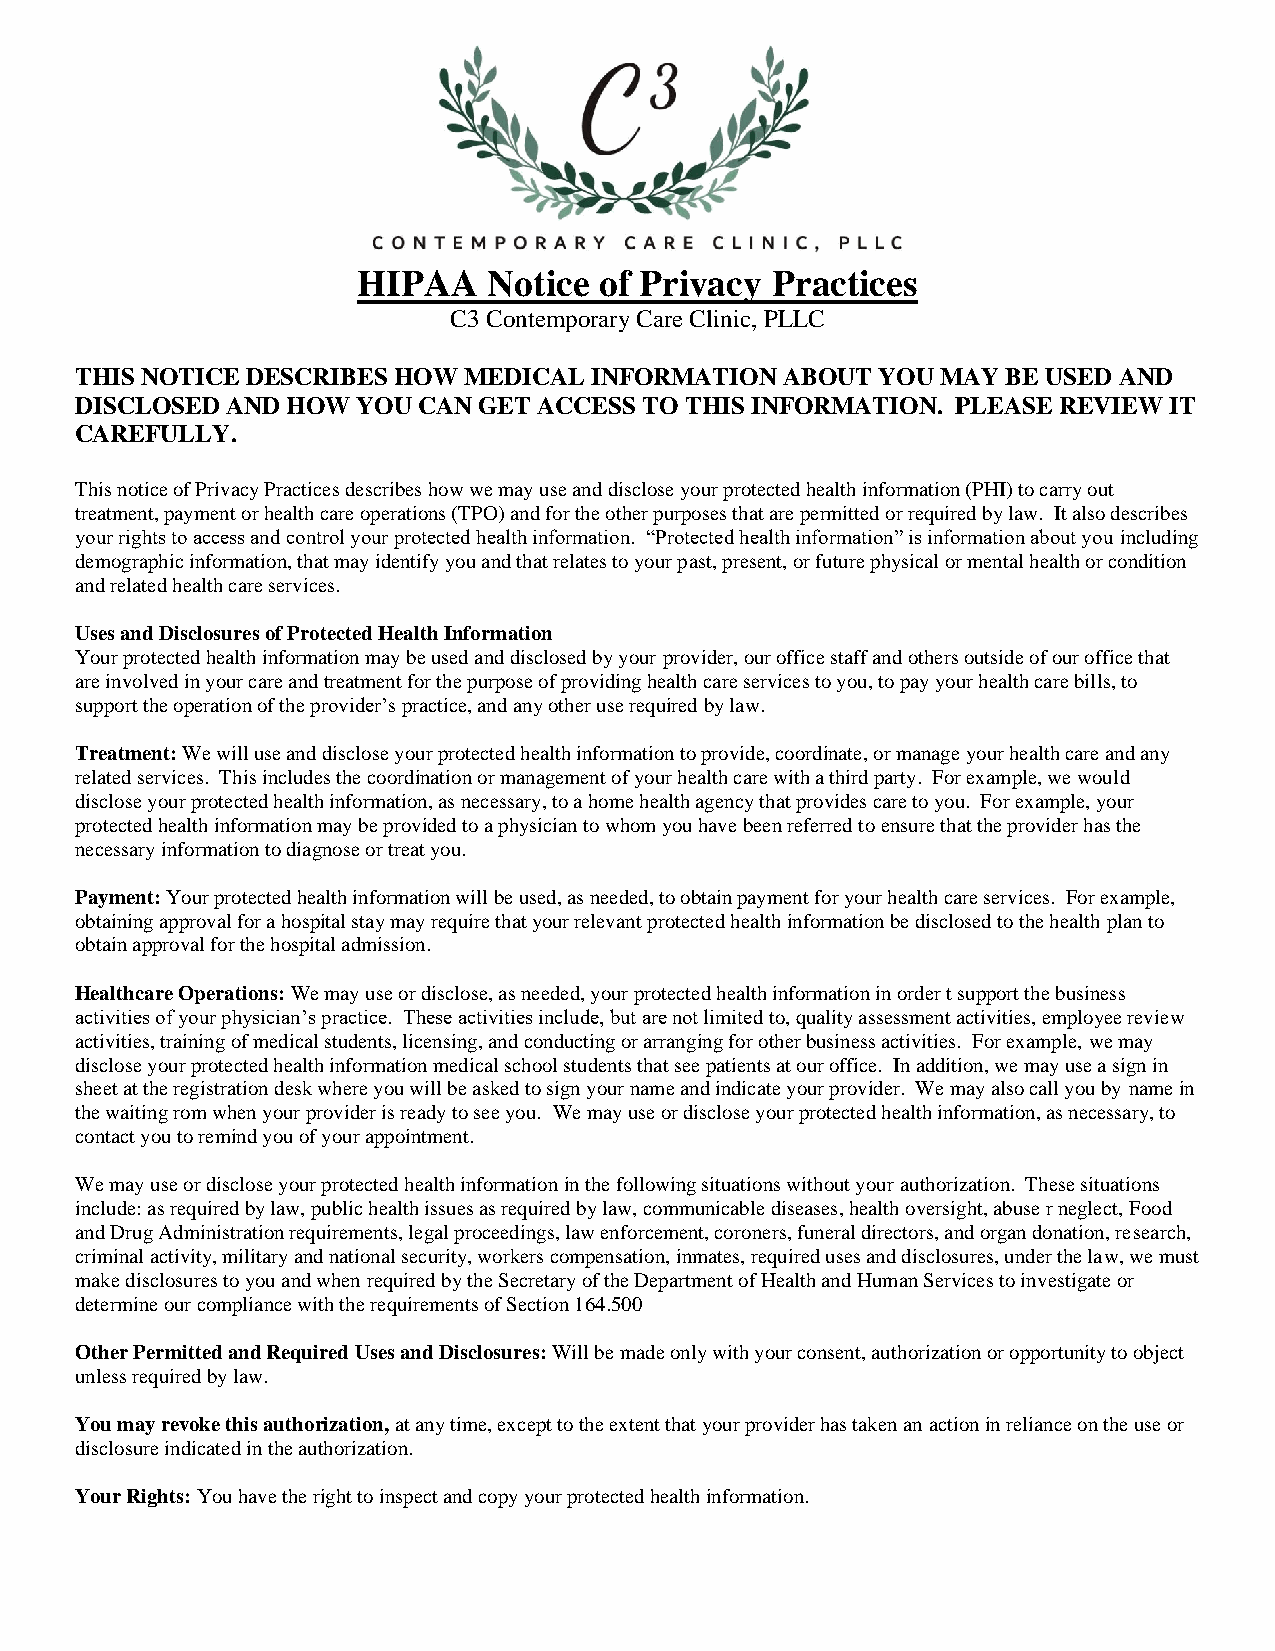
HIPAA   Notice  of Privacy Practices
 C3 Contemporary Care Clinic, PLLC
 THIS NOTICE DESCRIBES HOW MEDICAL INFORMATION  ABOUT YOU MAY  BE USED AND
 DISCLOSED AND HOW  YOU CAN GET ACCESS TO THIS INFORMATION. PLEASE REVIEW IT
 CAREFULLY.
 This notice of Privacy Practices describes how we may use and disclose your protected health information (PHI) to carry out
 treatment, payment or health care operations (TPO) and for the other purposes that are permitted or required by law. It also describes
 your rights to access and control your protected health information. “Protected health information” is information about you including
 demographic information, that may identify you and that relates to your past, present, or future physical or mental health or condition
 and related health care services.
 Uses and Disclosures of Protected Health Information
 Your protected health information may be used and disclosed by your provider, our office staff and others outside of our office that
 are involved in your care and treatment for the purpose of providing health care services to you, to pay your health care bills, to
 support the operation of the provider’s practice, and any other use required by law.
 Treatment: We will use and disclose your protected health information to provide, coordinate, or manage your health care and any
 related services. This includes the coordination or management of your health care with a third party. For example, we would
 disclose your protected health information, as necessary, to a home health agency that provides care to you. For example, your
 protected health information may be provided to a physician to whom you have been referred to ensure that the provider has the
 necessary information to diagnose or treat you.
 Payment: Your protected health information will be used, as needed, to obtain payment for your health care services. For example,
 obtaining approval for a hospital stay may require that your relevant protected health information be disclosed to the health plan to
 obtain approval for the hospital admission.
 Healthcare Operations: We may use or disclose, as needed, your protected health information in order t support the business
 activities of your physician’s practice. These activities include, but are not limited to, quality assessment activities, employee review
 activities, training of medical students, licensing, and conducting or arranging for other business activities. For example, we may
 disclose your protected health information medical school students that see patients at our office. In addition, we may use a sign in
 sheet at the registration desk where you will be asked to sign your name and indicate your provider. We may also call you by name in
 the waiting rom when your provider is ready to see you. We may use or disclose your protected health information, as necessary, to
 contact you to remind you of your appointment.
 We may use or disclose your protected health information in the following situations without your authorization. These situations
 include: as required by law, public health issues as required by law, communicable diseases, health oversight, abuse r neglect, Food
 and Drug Administration requirements, legal proceedings, law enforcement, coroners, funeral directors, and organ donation, research,
 criminal activity, military and national security, workers compensation, inmates, required uses and disclosures, under the law, we must
 make disclosures to you and when required by the Secretary of the Department of Health and Human Services to investigate or
 determine our compliance with the requirements of Section 164.500
 Other Permitted and Required Uses and Disclosures: Will be made only with your consent, authorization or opportunity to object
 unless required by law.
 You may revoke this authorization, at any time, except to the extent that your provider has taken an action in reliance on the use or
 disclosure indicated in the authorization.
 Your Rights: You have the right to inspect and copy your protected health information.